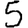
Digit: 5